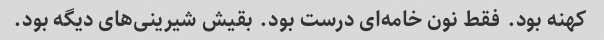
کهنه بود. فقط نون خامه‌ای درست بود. بقیش شیرینی‌های دیگه بود.